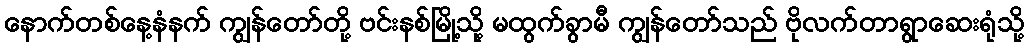
နောက်တစ်နေ့နံနက် ကျွန်တော်တို့ ဗင်းနစ်မြို့သို့ မထွက်ခွာမီ ကျွန်တော်သည် ဗိုလက်တာရွာဆေးရုံသို့